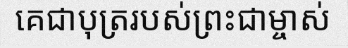
គេជាបុត្ររបស់ព្រះជាម្ចាស់